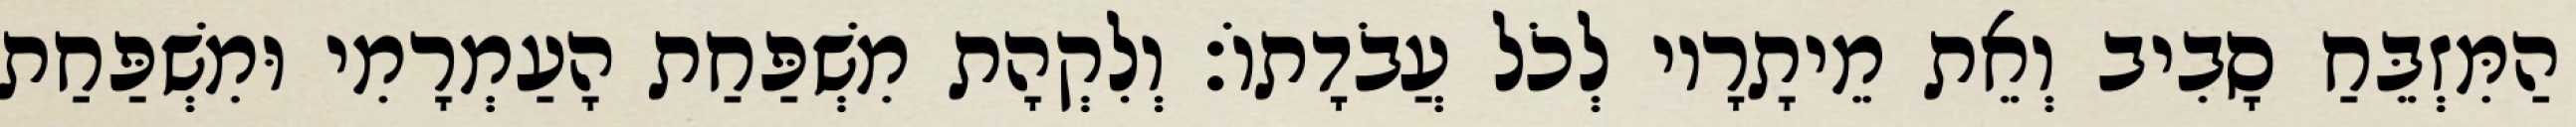
הַמִּזְבֵּחַ סָבִיב וְאֵת מֵיתָרָיו לְכֹל עֲבֹדָתוֹ׃ וְלִקְהָת מִשְׁפַּחַת הָעַמְרָמִי וּמִשְׁפַּחַת